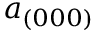
a _ { ( 0 0 0 ) }